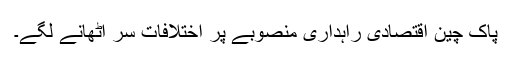
پاک چین اقتصادی راہداری منصوبے پر اختلافات سر اٹھانے لگے۔